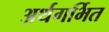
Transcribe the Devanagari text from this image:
अर्थगर्भित